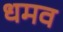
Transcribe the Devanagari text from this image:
धमव